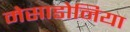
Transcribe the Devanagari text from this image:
मेसाडोनिया